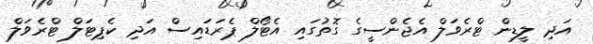
އަދި ލީޑިން ޓްރެވަލް އެޖެންސީގެ ގޮތުގައި އެޓޯލް ޕެރަޑައިސް އަދި ކެޕިޓަލް ޓްރެވަލް